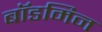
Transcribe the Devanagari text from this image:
बॉडमिन